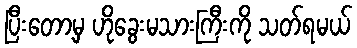
ပြီးတော့မှ ဟိုခွေးမသားကြီးကို သတ်ရမယ်